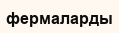
фермаларды